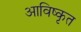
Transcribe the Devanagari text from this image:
आविष्‍कृत